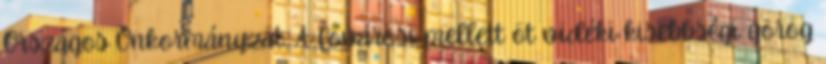
Országos Önkormányzat. A fővárosi mellett öt vidéki kisebbségi görög